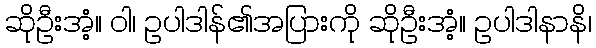
ဆိုဦးအံ့။ ဝါ၊ ဥပါဒါန်၏အပြားကို ဆိုဦးအံ့။ ဥပါဒါနာနိ၊